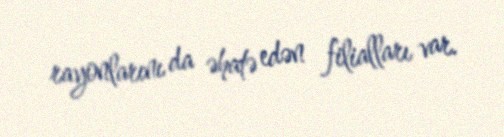
rayonlarını da əhatə edən filialları var.